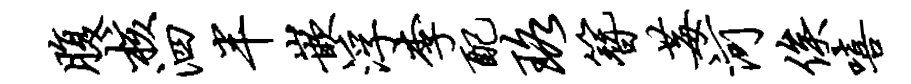
腹核泗半嵌浮李配珞簪莓河俟嘻